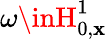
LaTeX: \omega\inH_{0,\mathbf{x}}^{1}